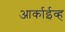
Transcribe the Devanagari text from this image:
आर्काईव्ह